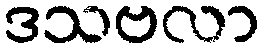
ဒသဗလာ